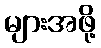
များအဖို့